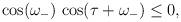
LaTeX: \begin{align*}\cos(\omega_-)\,\cos(\tau+\omega_-)\leq 0,\end{align*}